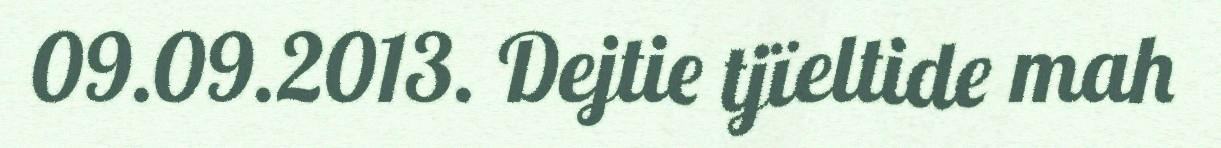
09.09.2013. Dejtie tjïeltide mah